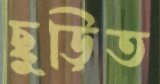
ছুড়িত